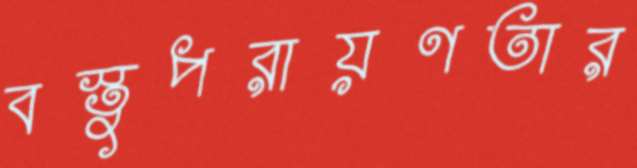
বস্তুপরায়ণতার